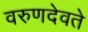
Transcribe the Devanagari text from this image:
वरुणदेवते